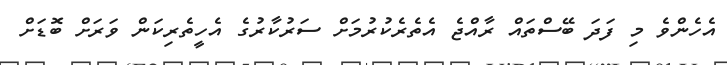
އެހެންވެ މި ފަދަ ބޭސްތައް ރާއްޖެ އެތެރެކުރުމަށް ސަރުކާރުގެ އެހީތެރިކަން ވަރަށް ބޮޑަށް